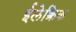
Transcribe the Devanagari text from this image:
ईलेक्त्रिक